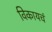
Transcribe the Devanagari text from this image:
विकायचं